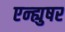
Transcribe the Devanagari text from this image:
एन्ह्युषर